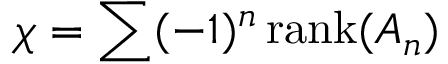
\chi = \sum ( - 1 ) ^ { n } \, \mathrm { r a n k } ( A _ { n } )